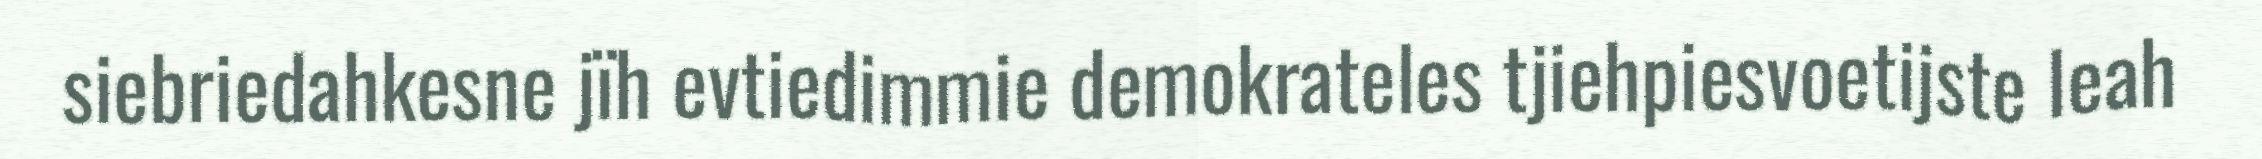
siebriedahkesne jïh evtiedimmie demokrateles tjiehpiesvoetijste leah